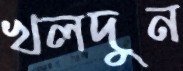
খলদুন